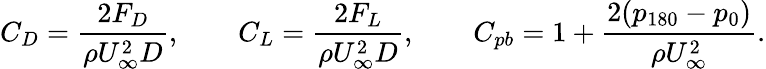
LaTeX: C_{D}=\frac{2F_{D}}{\rho U_{\infty}^{2}D},\qquad C_{L}=\frac{2F_{L}}{\rho U_{\infty}^{2}D},\qquad C_{pb}=1+\frac{2(p_{180}-p_{0})}{\rho U_{\infty}^{2}}.